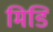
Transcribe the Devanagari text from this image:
मिडि